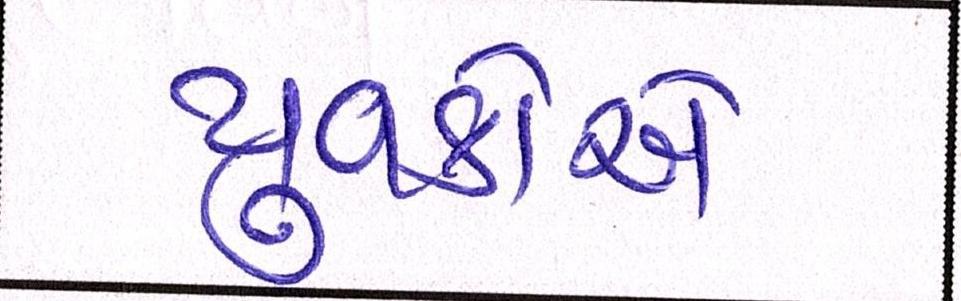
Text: યુવકોએ